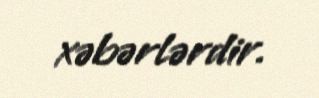
xəbərlərdir.